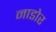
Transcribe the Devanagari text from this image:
नाडोर